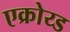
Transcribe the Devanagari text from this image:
एक्रोय्ड